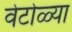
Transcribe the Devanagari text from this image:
वेटोळ्या